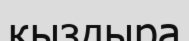
қыздыра